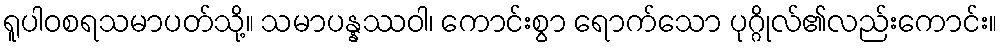
ရူပါဝစရသမာပတ်သို့။ သမာပန္နဿဝါ၊ ကောင်းစွာ ရောက်သော ပုဂ္ဂိုလ်၏လည်းကောင်း။